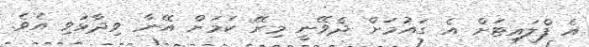
އެ ފްލައިޓަށް އެ ގައުމަށް ދެވޭނީ މިރޭ ކަމަށް އޭނާ ވިދާޅުވި އެވެ.